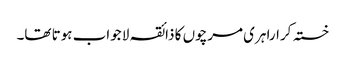
خستہ کرارا ہری مرچوں کا ذائقہ لا جواب ہوتا تھا۔